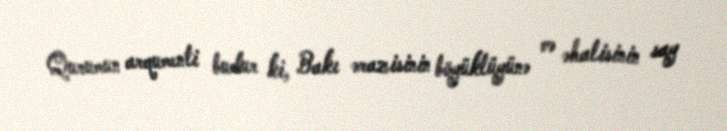
Qurumun arqumenti budur ki, Bakı ərazisinin böyüklüyünə və əhalisinin say